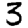
Digit: 3